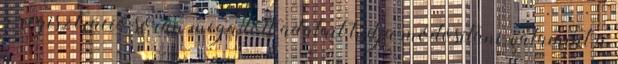
a regisztráció során megadott adatait tudja módosítani, valamint a